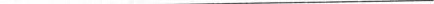
___